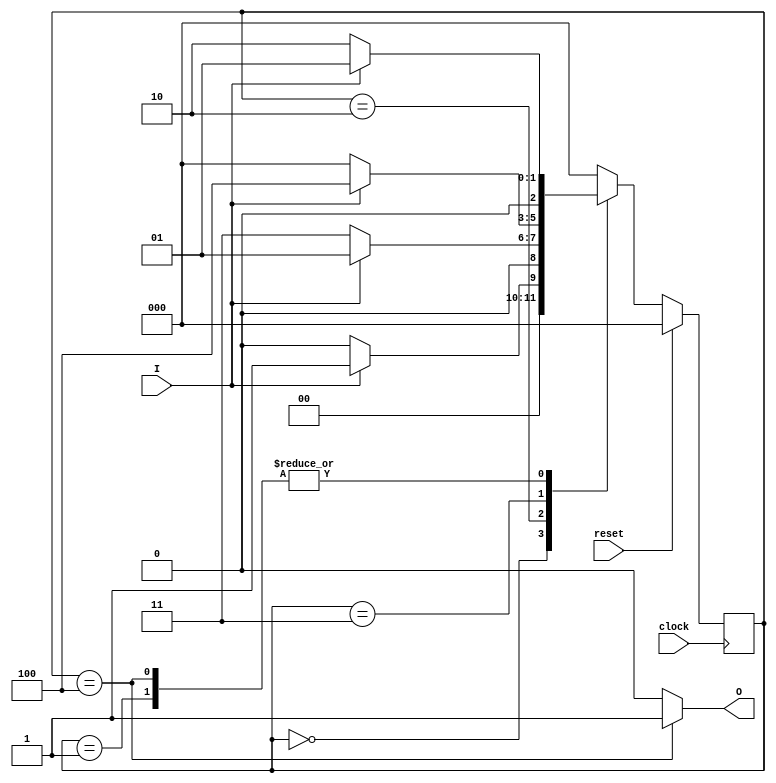
module moore_FSM(I,clock,reset,O);
input I;
input clock;
input reset;
output reg O;

parameter 
s0 = 3'b000,
s1 = 3'b001,
s2 = 3'b010,
s3 = 3'b011,
s4 = 3'b100;

reg [2:0] CS, NS;
  
always @(posedge clock)
	begin
		if(reset == 1)
			CS <= s0;
		else 
			CS <= NS;
end

always @(CS,I)
	begin
		case(CS)
		s0:begin
			if (I==1)
				NS = s1;
			else 
				NS = s0;
			end
	
	
		s1:begin
			if (I==0)
				NS = s2;
			else
				NS = s1;
			end
	
	
		s2:begin
			if (I==0)
				NS = s3;
			else
				NS = s1;
			end
	
	
		s3:begin
			if (I==1)
				NS = s4;
			else
				NS = s0;
			end
		
		s4:begin
			if(I==1)
				NS = s1;
			else
				NS = s2;
			end
	
	default:NS = s0;
	endcase 


		O = (CS==s4)? 1:0;

	end

endmodule